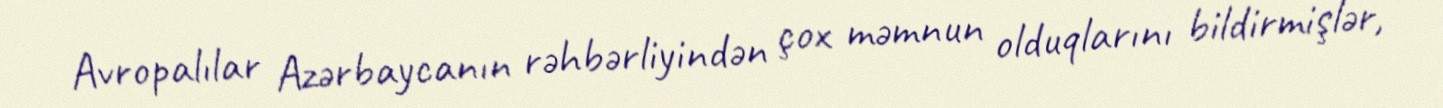
Avropalılar Azərbaycanın rəhbərliyindən çox məmnun olduqlarını bildirmişlər,